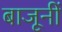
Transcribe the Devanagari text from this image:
बाजूनीं